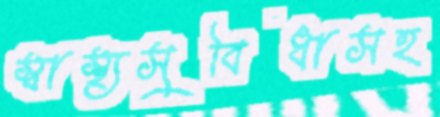
স্বাস্থ্যসুবিধাসহ